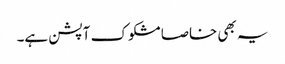
یہ بھی خاصا مشکوک آپشن ہے۔